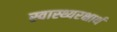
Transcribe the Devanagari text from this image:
स्वास्थ्यरक्षार्थ